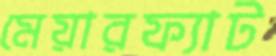
মেয়ারফ্যাট